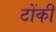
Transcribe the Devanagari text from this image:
टोंकी